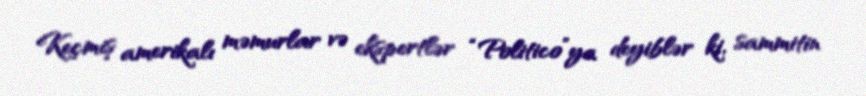
Keçmiş amerikalı məmurlar və ekspertlər “Politico”ya deyiblər ki, sammitin